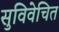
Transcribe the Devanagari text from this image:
सुविवेचित